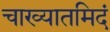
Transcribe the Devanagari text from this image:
चाख्यातमिदं